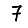
Digit: 7